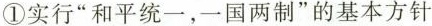
①实行”和平统一，一国两制”的基本方针